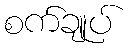
စက်ချုပ်